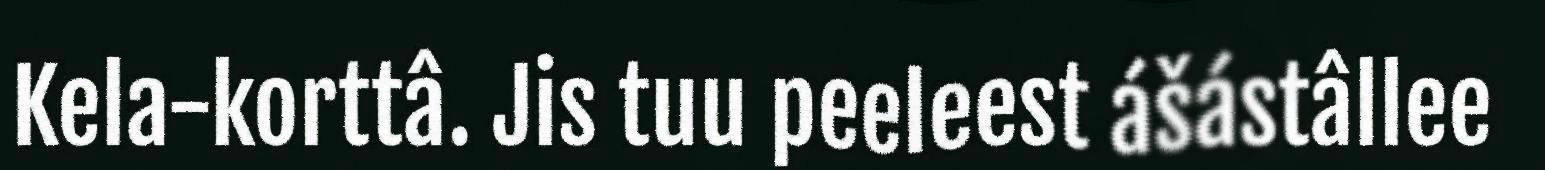
Kela-korttâ. Jis tuu peeleest ášástâllee